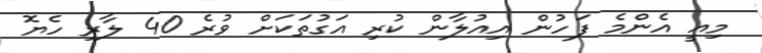
މިއީ އެންމެ ފަހުން އިއުލާން ކުރި އަގުތަކަށް ވުރެ 40 ލާރި ހެޔޮ